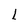
Character: L